Problem: 47 + 12 = ?
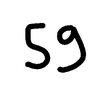
Handwritten answer: 59